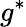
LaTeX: g^{*}